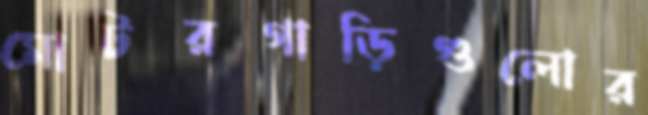
মোটরগাড়িগুলোর